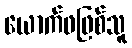
ယောက်ဖဖြစ်သူ